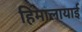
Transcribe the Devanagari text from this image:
हिमालायाई